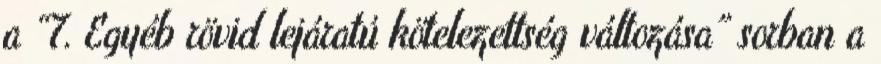
a “7. Egyéb rövid lejáratú kötelezettség változása” sorban a